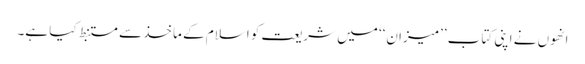
انھوں نے اپنی کتاب ’’میزان‘‘ میں شریعت کو اسلام کے ماخذ سے مستنبط کیا ہے۔